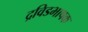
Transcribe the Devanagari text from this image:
द्रविडभाषक